Vaccination United Provinces of Agra and Oudh 1923-1928 - 1923-1928
Year: 1923
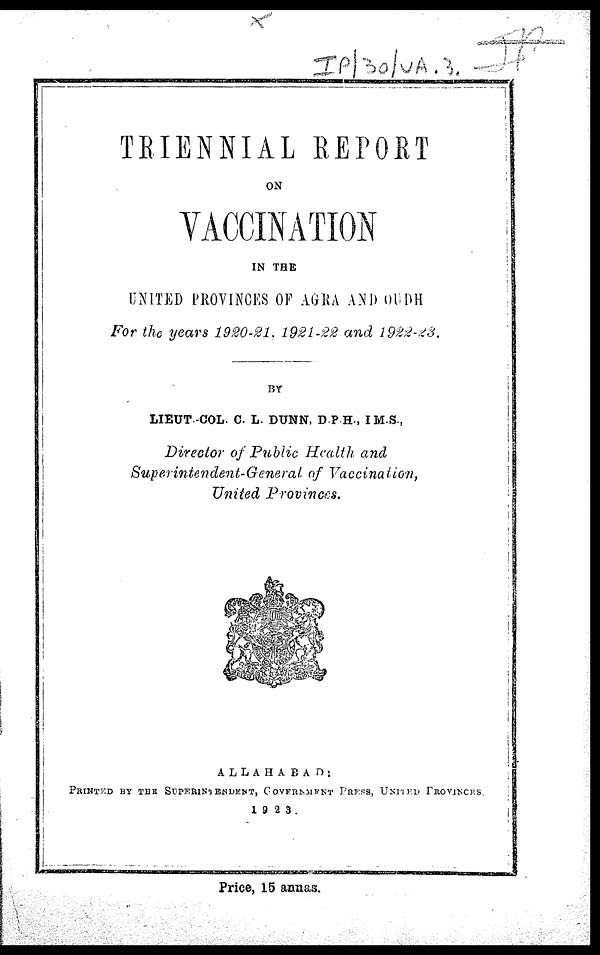
TRIENNIAL REPORT
ON
VACCINATION
IN THE
UNITED PROVINCES OF AGRA AND OUDH
For the years 1920-21. 1921-22 and 1922-23.
BY
LIEUT.-COL. C. L. DUNN, D.P.H., I M.S.,
Director of Public Health and
Superintendent-General of Vaccination,
United Provinces.
ALLAHABAD:
PRINTED BY THE SUPERINIENDENT, GOVERNMENT
PRESS, UNITED
PROVINCES.
1923.
Price, 15 annas.